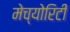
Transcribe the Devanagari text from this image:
मेच्योरिटी